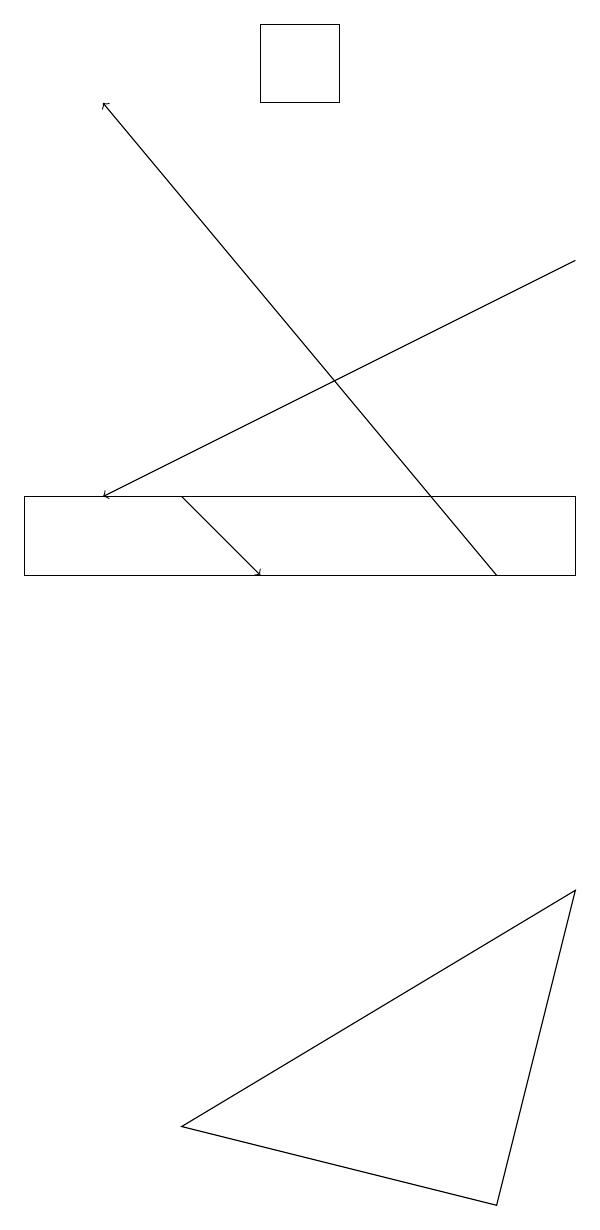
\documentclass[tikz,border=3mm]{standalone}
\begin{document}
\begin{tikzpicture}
\draw[->] (2,13) -- (3,12);
\draw[->] (7,16) -- (1,13);
\draw (4,18) rectangle (3,19);
\draw[->] (6,12) -- (1,18);
\draw (0,12) rectangle (7,13);
\draw (7,8) -- (2,5) -- (6,4) -- cycle;
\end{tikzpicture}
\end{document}